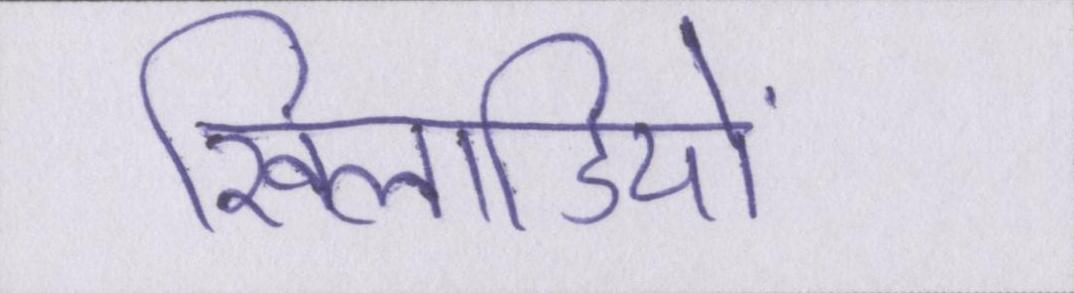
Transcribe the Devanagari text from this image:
खिलाडियों